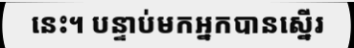
នេះ។ បន្ទាប់មកអ្នកបានស្នើរ